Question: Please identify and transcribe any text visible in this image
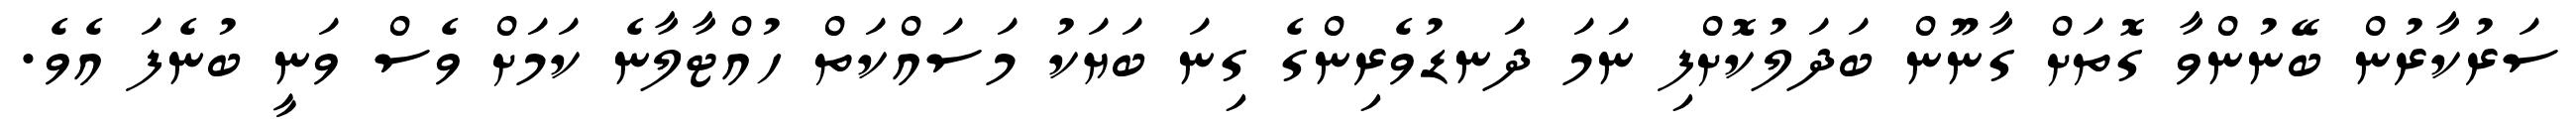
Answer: ސަރުކާރުން ބޭނުންވާ ގޮތަށް ގާނޫން ބަދަލުކޮށްފި ނަމަ ދަނޑުވެރިންގެ ގިނަ ބަޔަކު މަސައްކަތް ހުއްޓާލާނެ ކަމަށް ވެސް ވަނީ ބުނެފަ އެވެ.